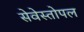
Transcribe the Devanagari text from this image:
सेवेस्तोपल